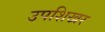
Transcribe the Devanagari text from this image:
उपशिखर